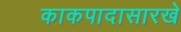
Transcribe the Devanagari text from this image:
काकपादासारखे